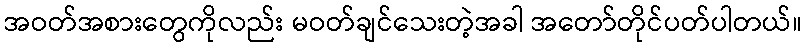
အဝတ်အစားတွေကိုလည်း မဝတ်ချင်သေးတဲ့အခါ အတော်တိုင်ပတ်ပါတယ်။